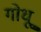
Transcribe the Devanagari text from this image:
गोधू